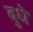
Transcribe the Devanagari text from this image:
बुधे